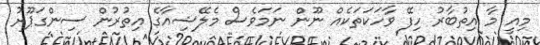
މިއީ މާ އިތުބާރު ހިފޭ ވާހަކަތަކެއް ނޫން ނަމަވެސް މެލޭޝިއާގެ އިތުރުން ސިންގަޕޫރު